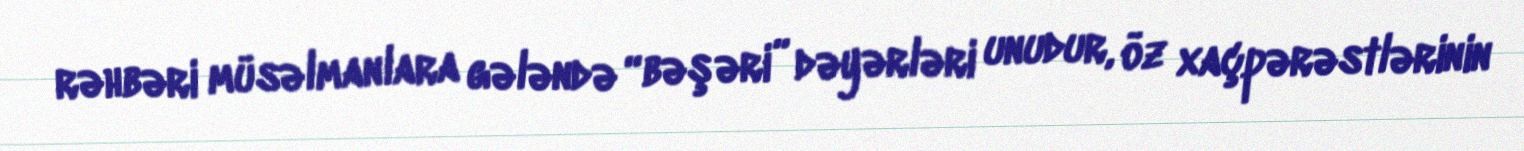
rəhbəri müsəlmanlara gələndə “bəşəri” dəyərləri unudur, öz xaçpərəstlərinin